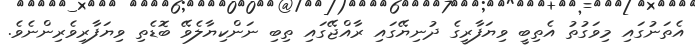
އެތަނުގައި މިވަގުތު އެތިބީ ވިޔަފާރީގެ ދުނިޔޭގައި ރާއްޖޭގައި ތިބި ނަންކިޔާލެވޭ ބޮޑެތި ވިޔަފާރިވެރިންނެވެ.